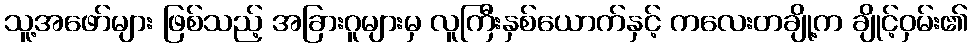
သူ့အဖော်များ ဖြစ်သည့် အခြားဂူများမှ လူကြီးနှစ်ယောက်နှင့် ကလေးတချို့က ချိုင့်ဝှမ်း၏